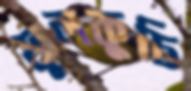
ফুলকুচি